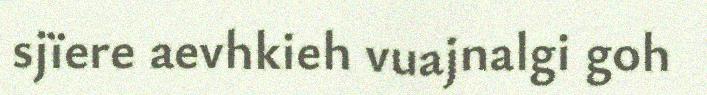
sjïere aevhkieh vuajnalgi goh